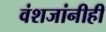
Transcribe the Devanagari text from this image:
वंशजांनीही